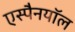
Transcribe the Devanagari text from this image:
एस्पैनयॉल